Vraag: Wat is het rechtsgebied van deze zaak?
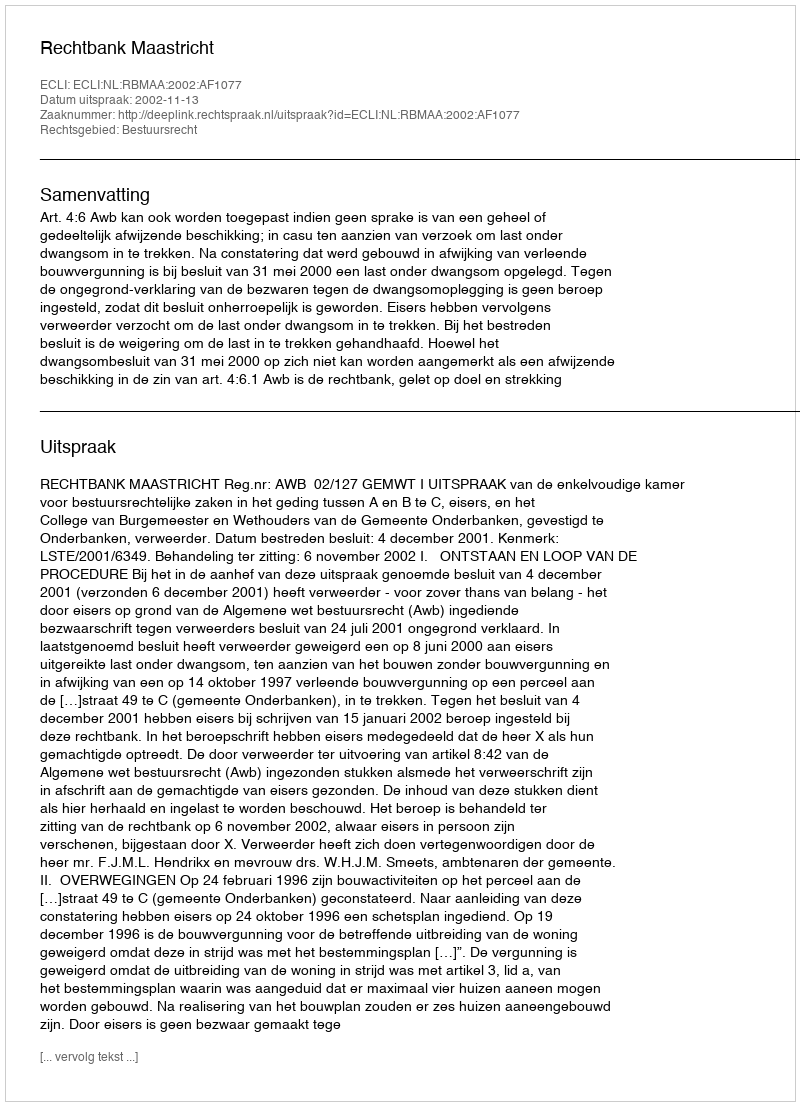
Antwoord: Bestuursrecht